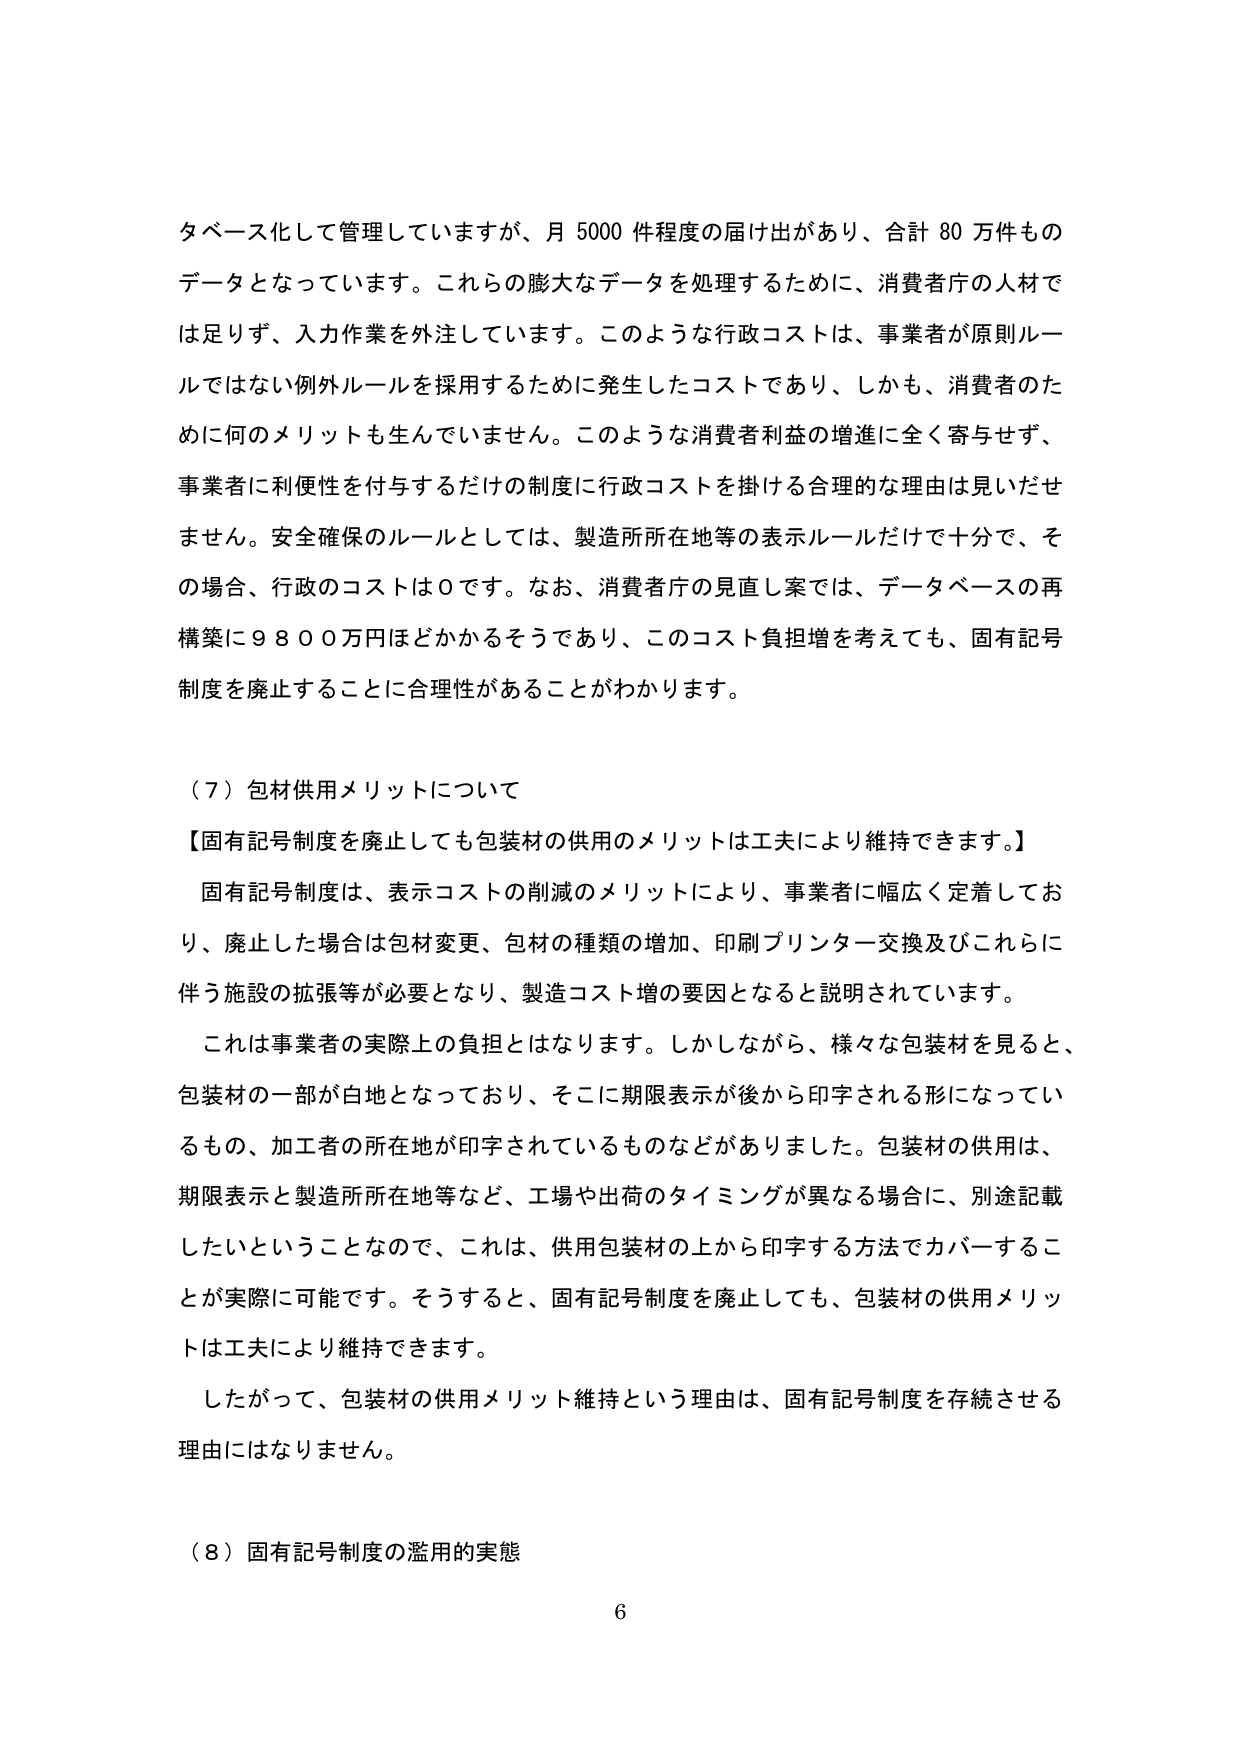
タベース化して管理していますが、月 5000 件程度の届け出があり、合計 80 万件ものデータとなっています。これらの膨大なデータを処理するために、消費者庁の人材では足りず、入力作業を外注しています。このような行政コストは、事業者が原則ルールではない例外ルールを採用するために発生したコストであり、しかも、消費者のために何のメリットも生んでいません。このような消費者利益の増進に全く寄与せず、事業者に利便性を付与するだけの制度に行政コストを掛ける合理的な理由は見いだせません。安全確保のルールとしては、製造所所在地等の表示ルールだけで十分で、その場合、行政のコストは０です。なお、消費者庁の見直し案では、データベースの再構築に９８００万円ほどかかるそうであり、このコスト負担を考えても、固有記号制度を廃止することに合理性があることがわかります。

（７）包材供用メリットについて

【固有記号制度を廃止しても包装材の供用のメリットは工夫により維持できます。】

固有記号制度は、表示コストの削減のメリットにより、事業者に幅広く定着しており、廃止した場合は包材変更、包材の種類の増加、印刷プリンター交換及びこれらに伴う施設の拡張等が必要となり、製造コスト増の要因となると説明されています。

これは事業者の実際上の負担とはなります。しかしながら、様々な包装材を見ると、包装材の一部が白地となっており、そこに期限表示が後から印字される形になっているもの、加工者の所在地が印字されているものなどがありました。包装材の供用は、期限表示と製造所所在地等など、工場や出荷のタイミングが異なる場合に、別途記載したいということなので、これは、供用包装材の上から印字する方法でカバーすることが実際に可能です。そうすると、固有記号制度を廃止しても、包装材の供用メリットは工夫により維持できます。

したがって、包装材の供用メリット維持という理由は、固有記号制度を存続させる理由にはなりません。

（８）固有記号制度の濫用的実態

6